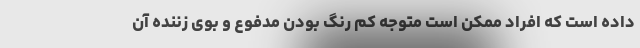
داده است که افراد ممکن است متوجه کم رنگ بودن مدفوع و بوی زننده آن